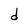
Character: d